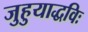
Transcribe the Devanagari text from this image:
जुहुयाद्धविः